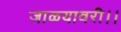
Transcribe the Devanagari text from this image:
जाळ्यावरी।।